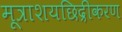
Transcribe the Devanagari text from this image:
मूत्राशयछिद्रीकरण